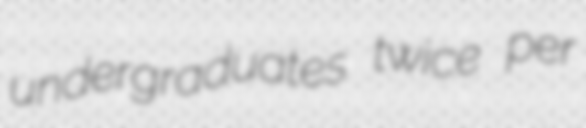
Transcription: undergraduates twice per